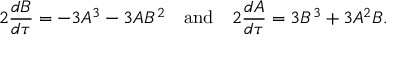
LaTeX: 2 { \frac { d B } { d \tau } } = - 3 A ^ { 3 } - 3 A B ^ { 2 } \quad \mathrm { a n d } \quad 2 { \frac { d A } { d \tau } } = 3 B ^ { 3 } + 3 A ^ { 2 } B .